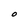
Character: O